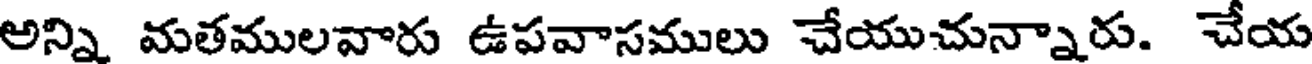
అన్ని మతములవారు ఉపవాసములు చేయుచున్నారు. చేయ